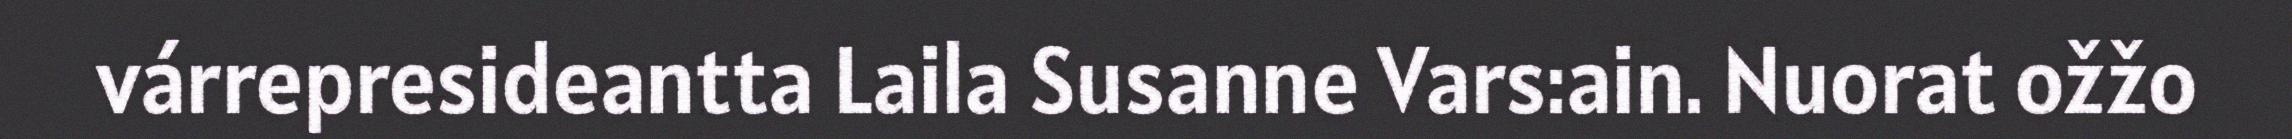
várrepresideantta Laila Susanne Vars:ain. Nuorat ožžo